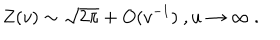
LaTeX: Z ( v ) \sim \sqrt { 2 \pi } + O ( v ^ { - 1 } ) \ , u \rightarrow \infty \ .